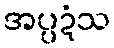
အပ္ပဍံသ